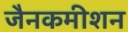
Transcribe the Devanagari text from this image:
जैनकमीशन